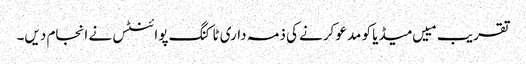
تقریب مییں میڈیا کو مدعو کرنے کی ذمہ داری ٹاکنگ پوائنٹس نے انجام دیں۔